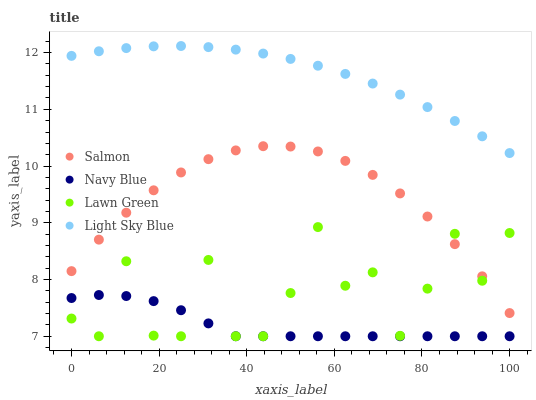
| xaxis_label | Salmon | Navy Blue | Lawn Green | Light Sky Blue |
 | --- | --- | --- | --- | --- |
 | 0 | 8.15 | 7.67 | 7.31 | 11.9 |
 | 6.25 | 8.7 | 7.73 | 7 | 12 |
 | 12.5 | 9.18 | 7.71 | 8.32 | 12.1 |
 | 18.8 | 9.57 | 7.62 | 7.01 | 12.1 |
 | 25 | 9.89 | 7.46 | 7 | 12.1 |
 | 31.2 | 10.1 | 7.23 | 8.35 | 12.1 |
 | 37.5 | 10.3 | 7 | 7 | 12.1 |
 | 43.8 | 10.3 | 7 | 7 | 12 |
 | 50 | 10.3 | 7 | 7.76 | 11.9 |
 | 56.2 | 10.3 | 7 | 8.92 | 11.8 |
 | 62.5 | 10.1 | 7 | 7.89 | 11.6 |
 | 68.8 | 9.84 | 7 | 8.13 | 11.5 |
 | 75 | 9.52 | 7 | 7.01 | 11.3 |
 | 81.2 | 9.11 | 7 | 7.84 | 11 |
 | 87.5 | 8.62 | 7 | 8.81 | 10.8 |
 | 93.8 | 8.06 | 7 | 7.98 | 10.5 |
 | 100 | 7.41 | 7 | 8.82 | 10.2 |